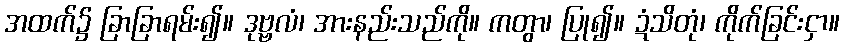
အထက်၌ ခြာခြာရမ်း၍။ ဒုဗ္ဗလံ၊ အားနည်းသည်ကို။ ကတွာ၊ ပြု၍။ ဍံသိတုံ၊ ကိုက်ခြင်းငှာ။